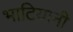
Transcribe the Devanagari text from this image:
भाटियानी